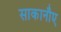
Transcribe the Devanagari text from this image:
साकानौए